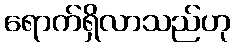
ရောက်ရှိလာသည်ဟု